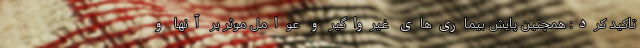
تاکید کرد: همچنین پایش بیماری‌های غیرواگیر و عوامل موثر بر آنها و